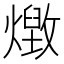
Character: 𭶔